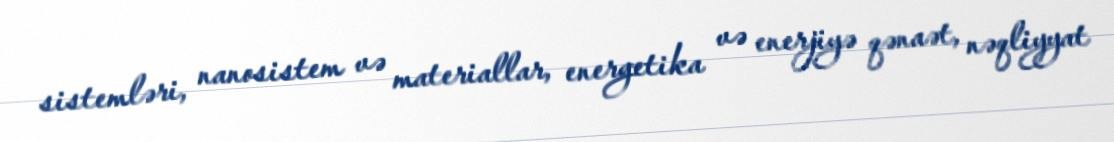
sistemləri, nanosistem və materiallar, energetika və enerjiyə qənaət, nəqliyyat